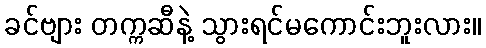
ခင်ဗျား တက္ကဆီနဲ့ သွားရင်မကောင်းဘူးလား။